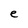
Character: e